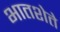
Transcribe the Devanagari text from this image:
भातशेते